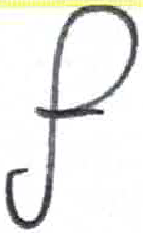
אות: ף